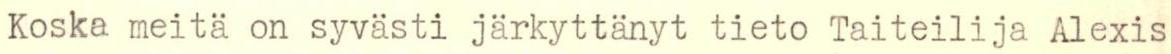
Koska meitä on syvästi järkyttänyt tieto Taiteilija Alexis